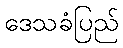
ဒေသခံပြည်